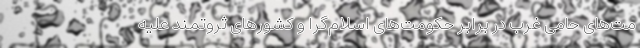
مت‌های حامی غرب در برابر حکومت‌های اسلام‌گرا و کشورهای ثروتمند علیه